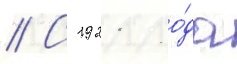
// С 1921 го́да